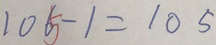
1 0 6 - 1 = 1 0 5